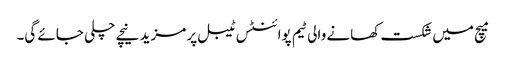
میچ میں شکست کھانے والی ٹیم پوائنٹس ٹیبل پر مزید نیچے چلی جائے گی۔